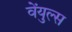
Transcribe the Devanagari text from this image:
वेंयुल्स